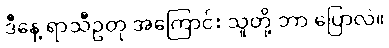
ဒီနေ့ ရာသီဥတု အကြောင်း သူတို့ ဘာ ပြောလဲ။